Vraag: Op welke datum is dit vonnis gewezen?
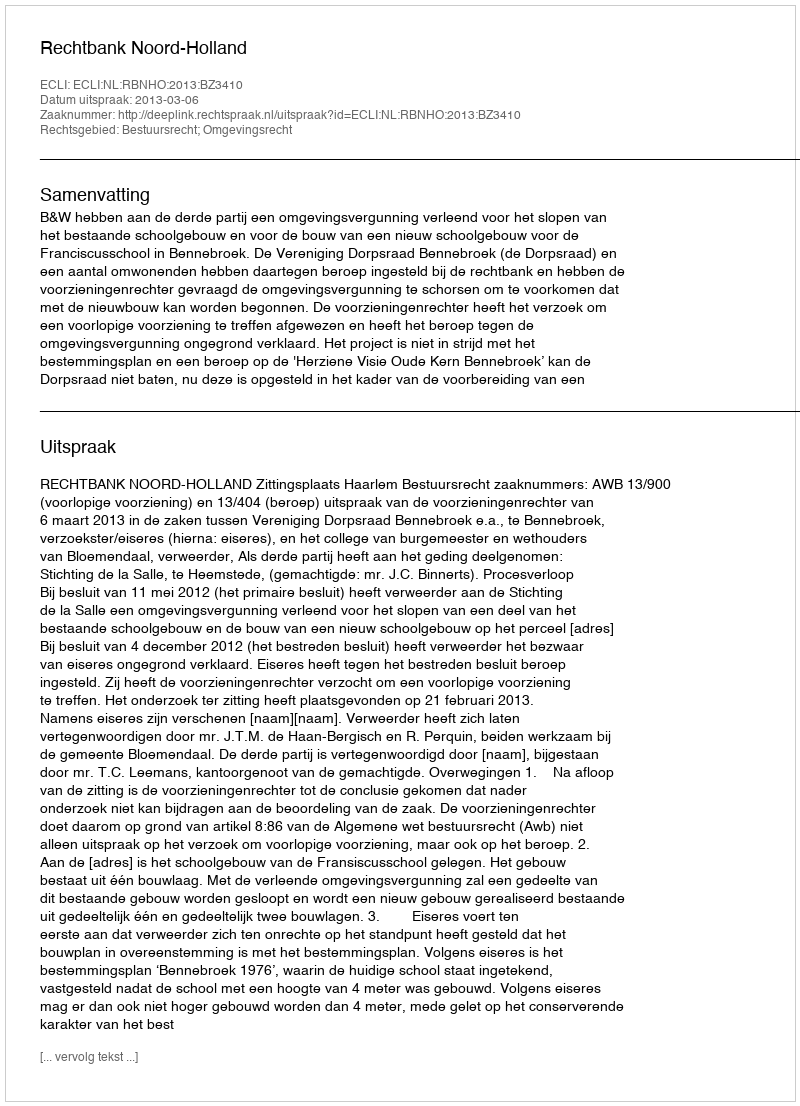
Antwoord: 2013-03-06